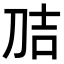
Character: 𭃕